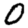
Digit: 0